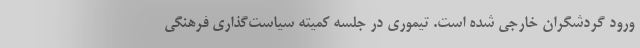
ورود گردشگران خارجی شده است. تیموری در جلسه کمیته سیاست‌گذاری فرهنگی